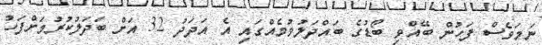
ނަމަވެސް ފަހުން ބޭއްވި ބޯޑުގެ ބައްދަލުވުމެއްގައި އެ އަދަދު 32 އަށް ބަދަލުކުރުމަށްފަހު